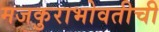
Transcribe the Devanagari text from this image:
मजकुराभोवतीची